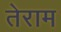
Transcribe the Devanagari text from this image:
तेराम